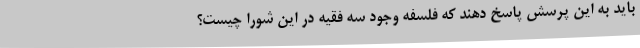
باید به این پرسش پاسخ دهند که فلسفه وجود سه فقیه در این شورا چیست؟